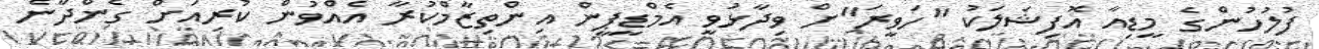
ފުލުހުންގެ މީޑިއާ އޮފިޝަލަކު "ހަވީރަ"ށް ވިދާޅުވީ އެމްޑީޕީން އިންތިޒާމްކުރާ އެއްވުން ކުރިއަށް ގެންދާނެ